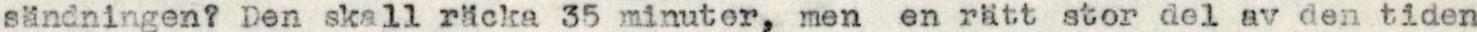
sändningen? Den skall räcka 35 minuter, men en rätt stor del av den tiden